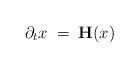
LaTeX: \begin{align*}\partial_t{x}\;=\;{\mathbf{H}}(x)\end{align*}